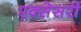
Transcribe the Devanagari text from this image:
एक्सेसरी